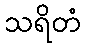
သရိတံ